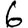
Digit: 6